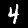
Digit: 4